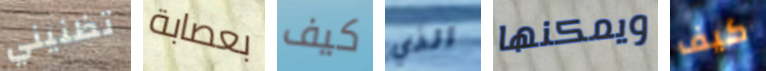
تظنيني بعصابة كيف الذي ويمكنها كيف